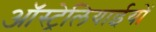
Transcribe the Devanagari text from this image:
ऑस्ट्रेलियाईयों